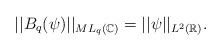
\begin{align*}||B_q(\psi)||_{ML_q(\mathbb{C})}=||\psi||_{L^2(\mathbb{R})}.\end{align*}